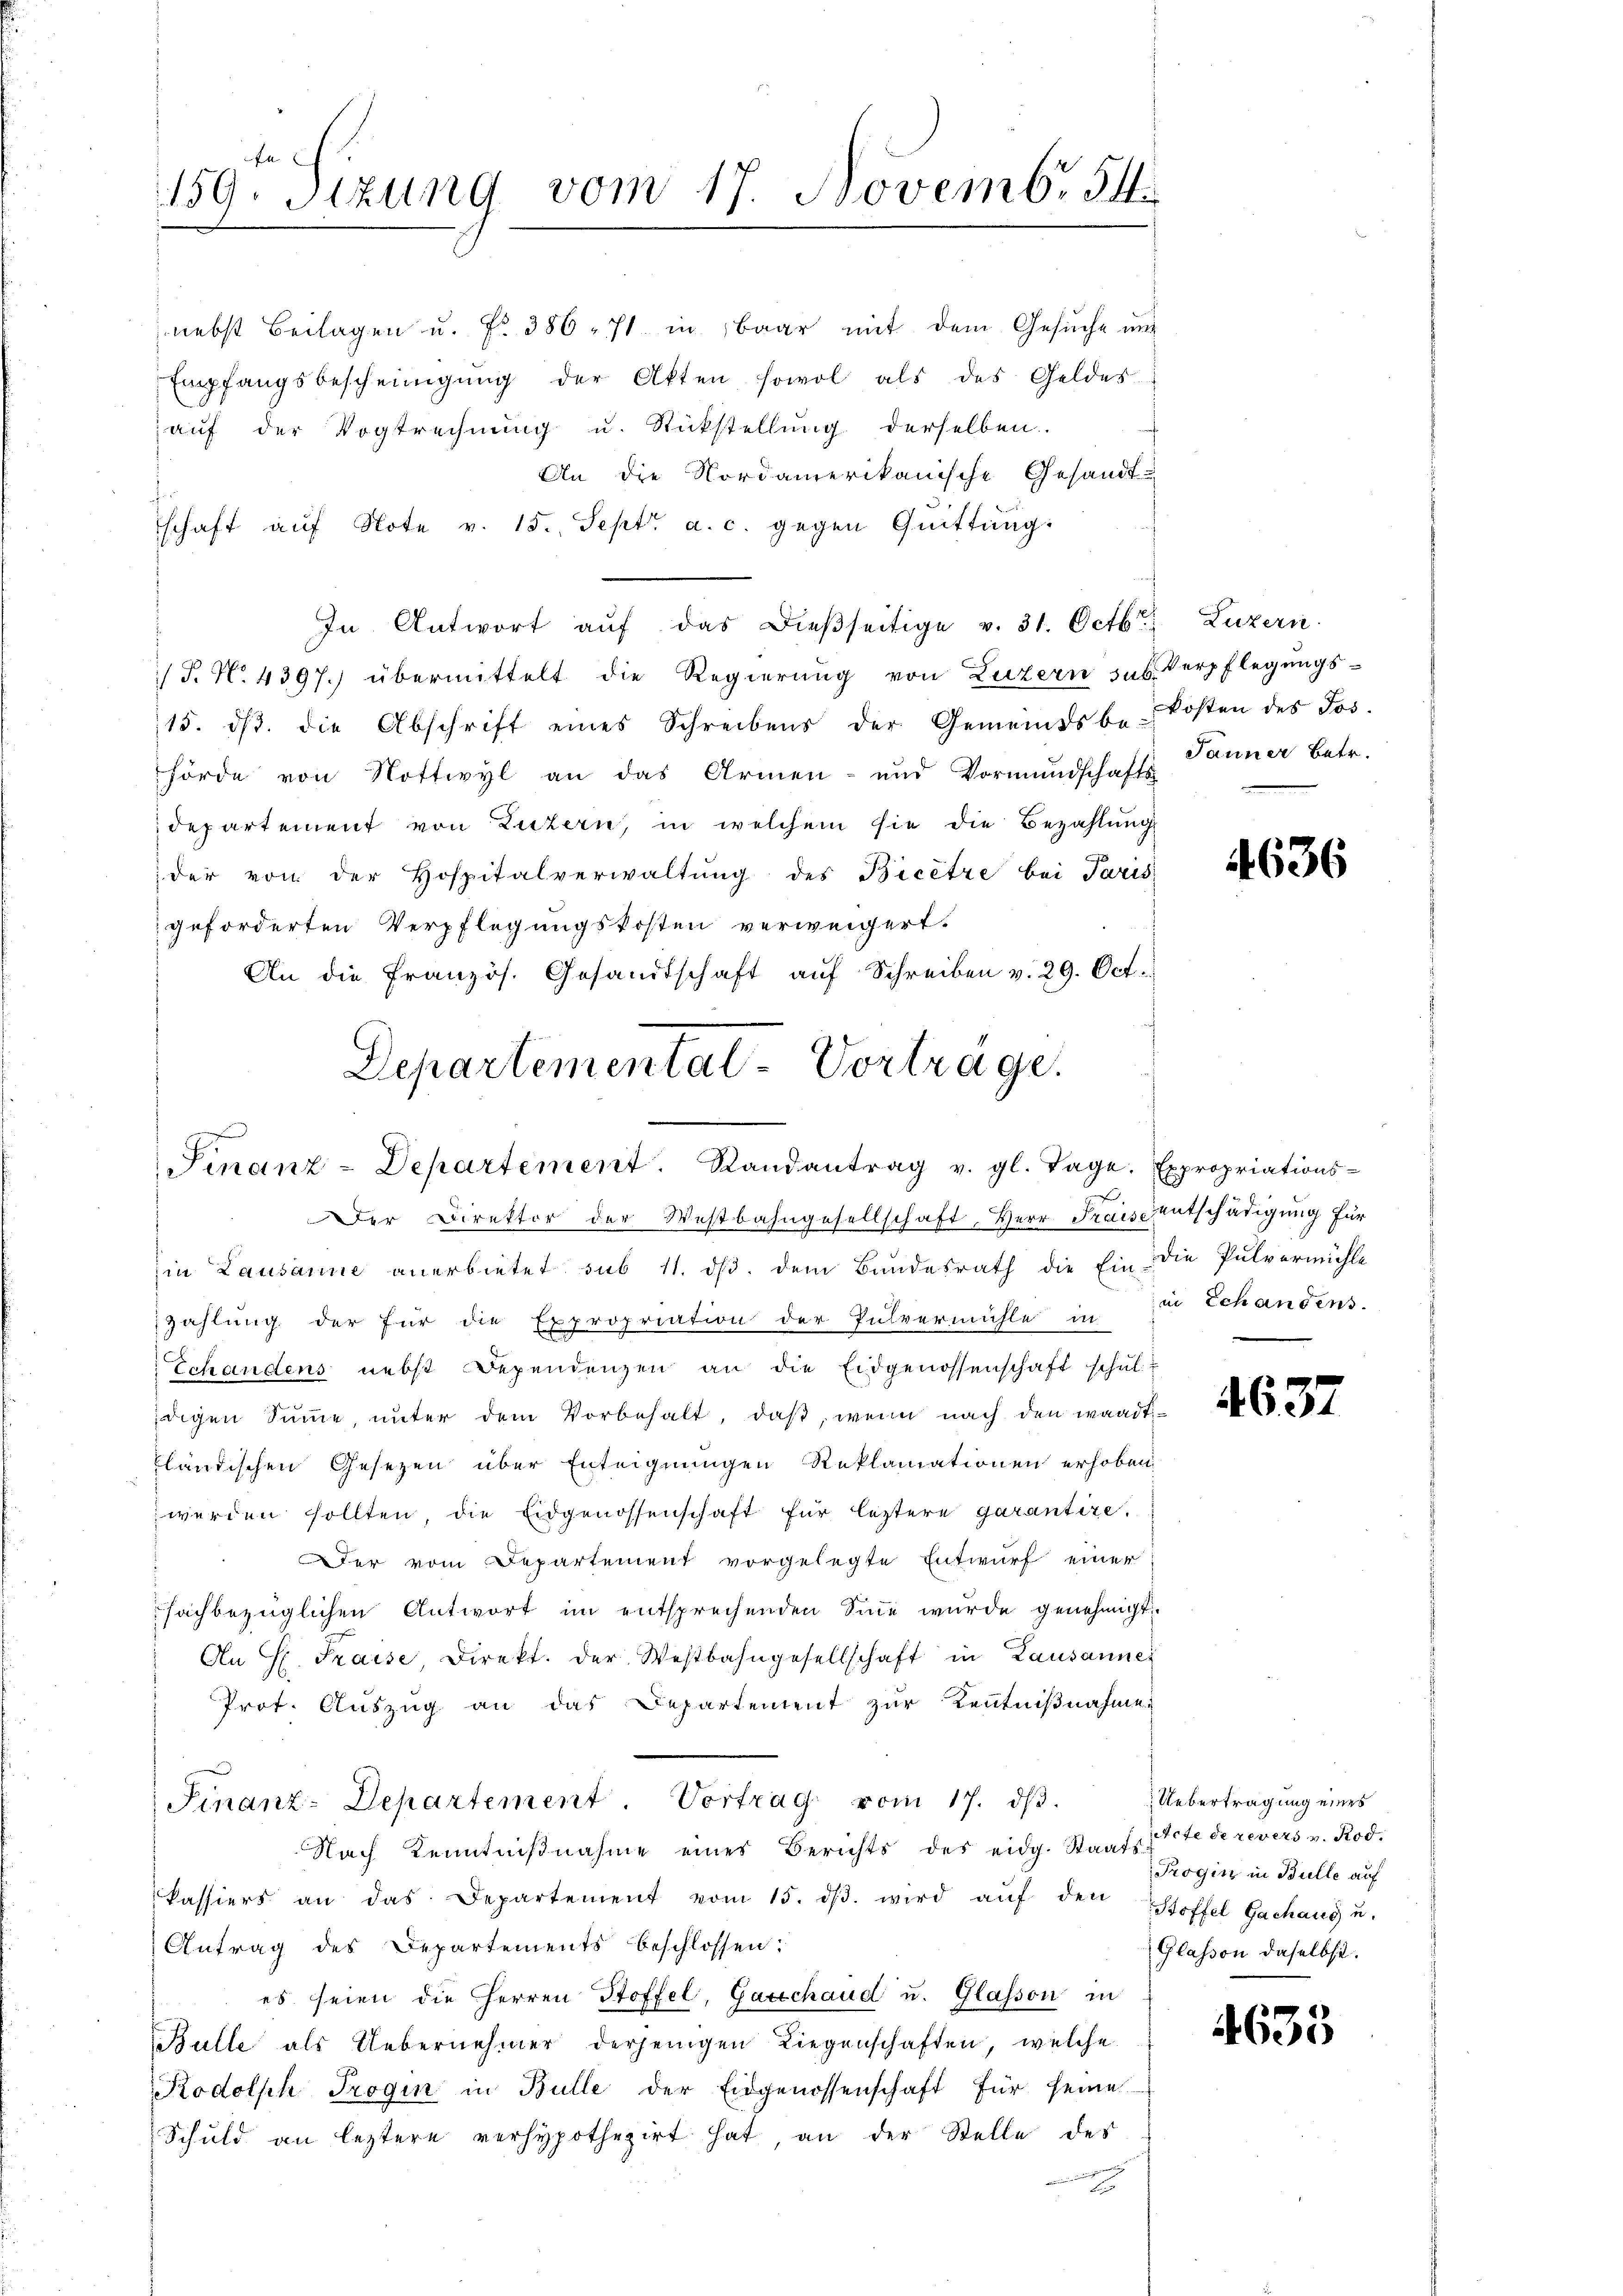
nebst Beilagen u. fr. 386. 71 in Baar mit dem Gesuche um
Empfangsbescheinigŭng der Akten sowol als des Geldes
aŭf der Vogtrechnung u. Rückstellung derselben.
An die Nordamerikanische Gesandt-
schaft aŭf Note v. 15. Sept. a. c. gegen Quittung.
In Antwort aŭf das Dieβseitige v. 31. Octbr. Luzern.
/T. N. 4397.) übermittelt die Regierŭng von Luzern sub. Verpflegŭngs-
115. dβ. die Abschrift eines Schreibens der Gemeindsbekosten des Jos.
hörde von Nottwyl an das Armen- und Vormundschafts-
departement von Luzern, in welchem sie die Bezahlung
der von der Hospitalverwaltŭng des Bicêtze bei Paris
geforderten Verpflegungskosten verweigert.
An die Französ. Gesandtschaft auf Schreiben v. 29. Oct.
Departemental-Vorträge.

159. Sitzung vom 17. Novembr 54.

Finanz-Departement. Randantrag v. gl. Tage. Expropriations¬
Der Direktor der Westbahngesellschaft, Herr Fraise entschädigung für

in Lausanne anerbietet sub 11. dβ. dem Bundesrath die Ein die Pulvermühle
zahlung der für die Expropriation der Pulvermühle in die Schandens-
Schandens nebst Dependenzen an die Eidgenossenschaft schul-
digen Sŭṁe ŭnter dem Vorbehalt, daβ, wenn nach den waadt-
fländischen Gesetzen über Enteignungen Reklamationen erhoben
werden sollten die Eidgenossenschaft für leztere garantire.
Der vom Departement vorgelegte Entwurf einer
sachbezüglichen Antwort im entsprechenden Sinne wurde genehmigt.
An H. Fraise, Direkt. der Westbahngesellschaft in Lausanner
Prof. Auszug an das Departement zur Kenntnißnahme.
Finanz-Departement. Vortrag vom 17. dβ.
Nach Kenntnißnahme eines Berichts des eidg. Staats-
kassiers an das Departement vom 15. dβ. wird aŭf den Stoffel Gachang u.
Antrag des Departements beschlossen:
es seien die Herren Stoffel, Garchaud u. Glasson in
Bulle als Uebernehmer derjenigen Liegenschaften, welche
Rodolph Trogin in Bulle der Eidgenossenschaft für seine
Schuld an leztere verhypothezirt hat, an der Stelle des

Jauner Betr.

4636

4637

Uebertragung eines
tcte de revers v. Rod.
Trogin in Bulle auf
Glassen daselbst.

4633